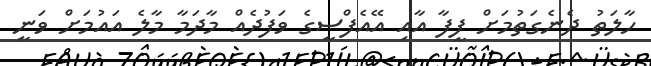
ހާލަތު ދެނެގަތުމަށް ފީފާ އާއި އޭއެފްސީގެ ވަފުދެއް މާދަމާ މާލެ އައުމަށް ވަނީ